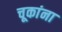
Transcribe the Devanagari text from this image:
चूकांना